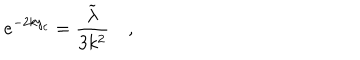
e ^ { - 2 k y _ { c } } = \frac { \widetilde { \lambda } } { 3 k ^ { 2 } } \quad ,